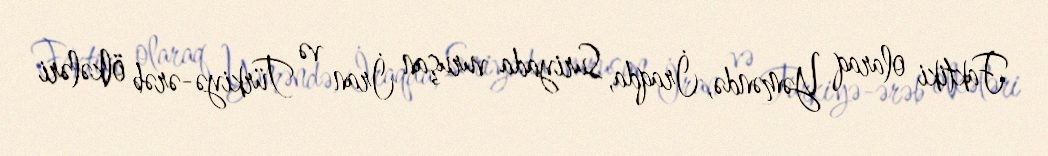
Faktiki olaraq Yəməndə, İraqda, Suriyada vuruşan İran və Türkiyə-ərəb ölkələri